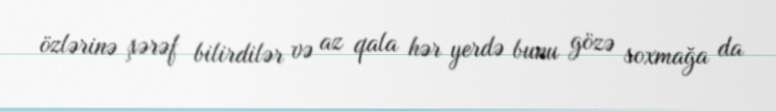
özlərinə şərəf bilirdilər və az qala hər yerdə bunu gözə soxmağa da